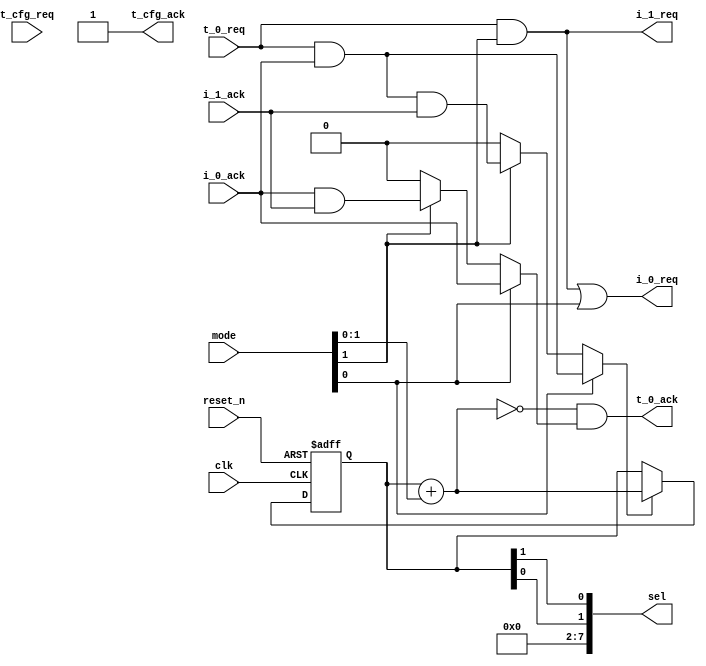


module funnel_ctrl_2_2 (
    input        t_0_req,
    output       t_0_ack,
    input        t_cfg_req,
    output       t_cfg_ack,

    output       i_0_req,
    input        i_0_ack,

    output       i_1_req,
    input        i_1_ack,

    output       [7:0] sel,
    input        [7:0] mode,
    input clk, reset_n
);

// 8:4
// reduct   state    sel    req0    req1    req2    req3
// 4        0        000    req     req     req     req
// 4        4        001    req     req     req     req

// 8:2
// reduct   state    sel    req0    req1    req2    req3
// 2        0        000    req     req     0       0
// 2        2        010    req     req     0       0
// 2        4        001    req     req     0       0
// 2        6        011    req     req     0       0

// 8:1
// reduct   state    sel    req0    req1    req2    req3
// 1        0        000    req     0       0       0
// 1        1        100    req     0       0       0
// 1        2        010    req     0       0       0
// 1        3        110    req     0       0       0
// 1        4        001    req     0       0       0
// 1        5        101    req     0       0       0
// 1        6        011    req     0       0       0
// 1        7        111    req     0       0       0

wire [1:0] reduct; assign reduct = mode[1:0];

wire progress; assign progress = (
    reduct[0] ? (t_0_req & i_0_ack) :
    reduct[1] ? (t_0_req & i_0_ack & i_1_ack) :
    1'b0
);

reg [1:0] state;
wire [1:0] state_nxt; assign state_nxt = state + reduct;

always @(posedge clk or negedge reset_n)
    if (~reset_n)      state <= 2'b0;
    else if (progress) state <= state_nxt;

wire last; assign last = (state_nxt == 2'b0);

assign t_0_ack = last & (
    reduct[0] ? (i_0_ack) :
    reduct[1] ? (i_0_ack & i_1_ack) :
    1'b0
);

assign sel = {state[0], state[1]}; // reverse order


assign i_0_req = t_0_req & reduct[1] | reduct[0];
assign i_1_req = t_0_req & reduct[1];

assign t_cfg_ack = 1'b1;

endmodule